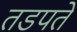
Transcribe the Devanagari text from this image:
तडपते